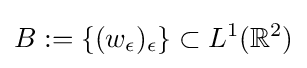
B:=\{(w_{\epsilon })_{\epsilon }\}\subset L^{1}(\mathbb {R} ^{2})